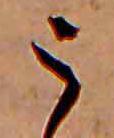
う